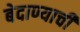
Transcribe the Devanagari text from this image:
बेदाण्याची